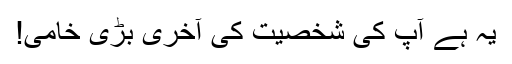
یہ ہے آپ کی شخصیت کی آخری بڑی خامی!